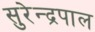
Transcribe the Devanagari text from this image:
सुरेन्द्रपाल